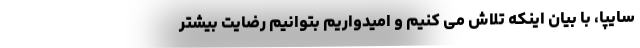
سایپا، با بیان اینکه تلاش می کنیم و اميدواريم بتوانيم رضايت بیشتر